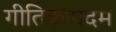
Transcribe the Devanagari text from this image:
गीतिकापदम